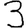
Digit: 3